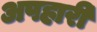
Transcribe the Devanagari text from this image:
अपहारी